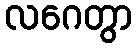
လဂေတွာ